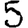
Digit: 5